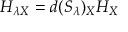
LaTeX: H _ { \lambda X } = d ( S _ { \lambda } ) _ { X } H _ { X }